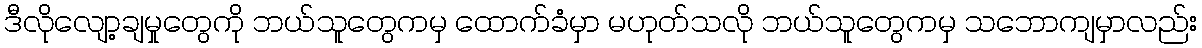
ဒီလိုလျော့ချမှုတွေကို ဘယ်သူတွေကမှ ထောက်ခံမှာ မဟုတ်သလို ဘယ်သူတွေကမှ သဘောကျမှာလည်း